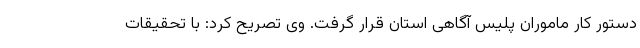
دستور کار ماموران پلیس آگاهی استان قرار گرفت. وی تصریح کرد: با تحقیقات